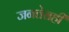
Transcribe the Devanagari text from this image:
जनतेसही